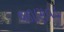
જાણવડ